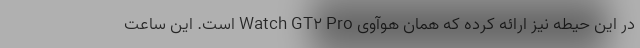
در این حیطه نیز ارائه کرده که همان هوآوی Watch GT2 Pro است. این ساعت